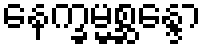
နေက္ခမ္မစ္ဆန္ဒော